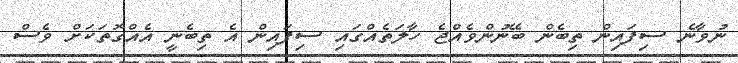
ނުވާނެ ސިފައިން ތިބެން ބޭނުންވެއްޖެ ހާލަތެއްގައި ސިފައިން އެ ތިބެނީ އެއްގޮތަކަށް ވެސް